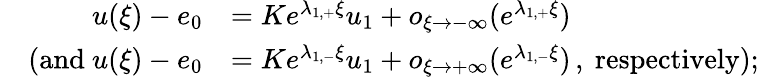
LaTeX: \begin{array}{rl}{u(\xi)-e_{0}}&{=Ke^{\lambda_{1,+}\xi}u_{1}+o_{\xi\to-\infty}(e^{\lambda_{1,+}\xi})}\\ {\quad\mathrm{(and~}u(\xi)-e_{0}}&{=Ke^{\lambda_{1,-}\xi}u_{1}+o_{\xi\to+\infty}(e^{\lambda_{1,-}\xi})\, ,\mathrm{~respectively)};}\end{array}